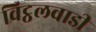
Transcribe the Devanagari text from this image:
विट्ठलवाडी